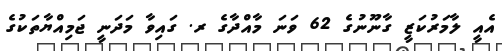
އެއީ ލާމަރުކަޒީ ގާނޫނުގެ 62 ވަނަ މާއްދާގެ ރ. ގައިވާ މަދަނީ ޖަމިއްޔާތަކުގެ